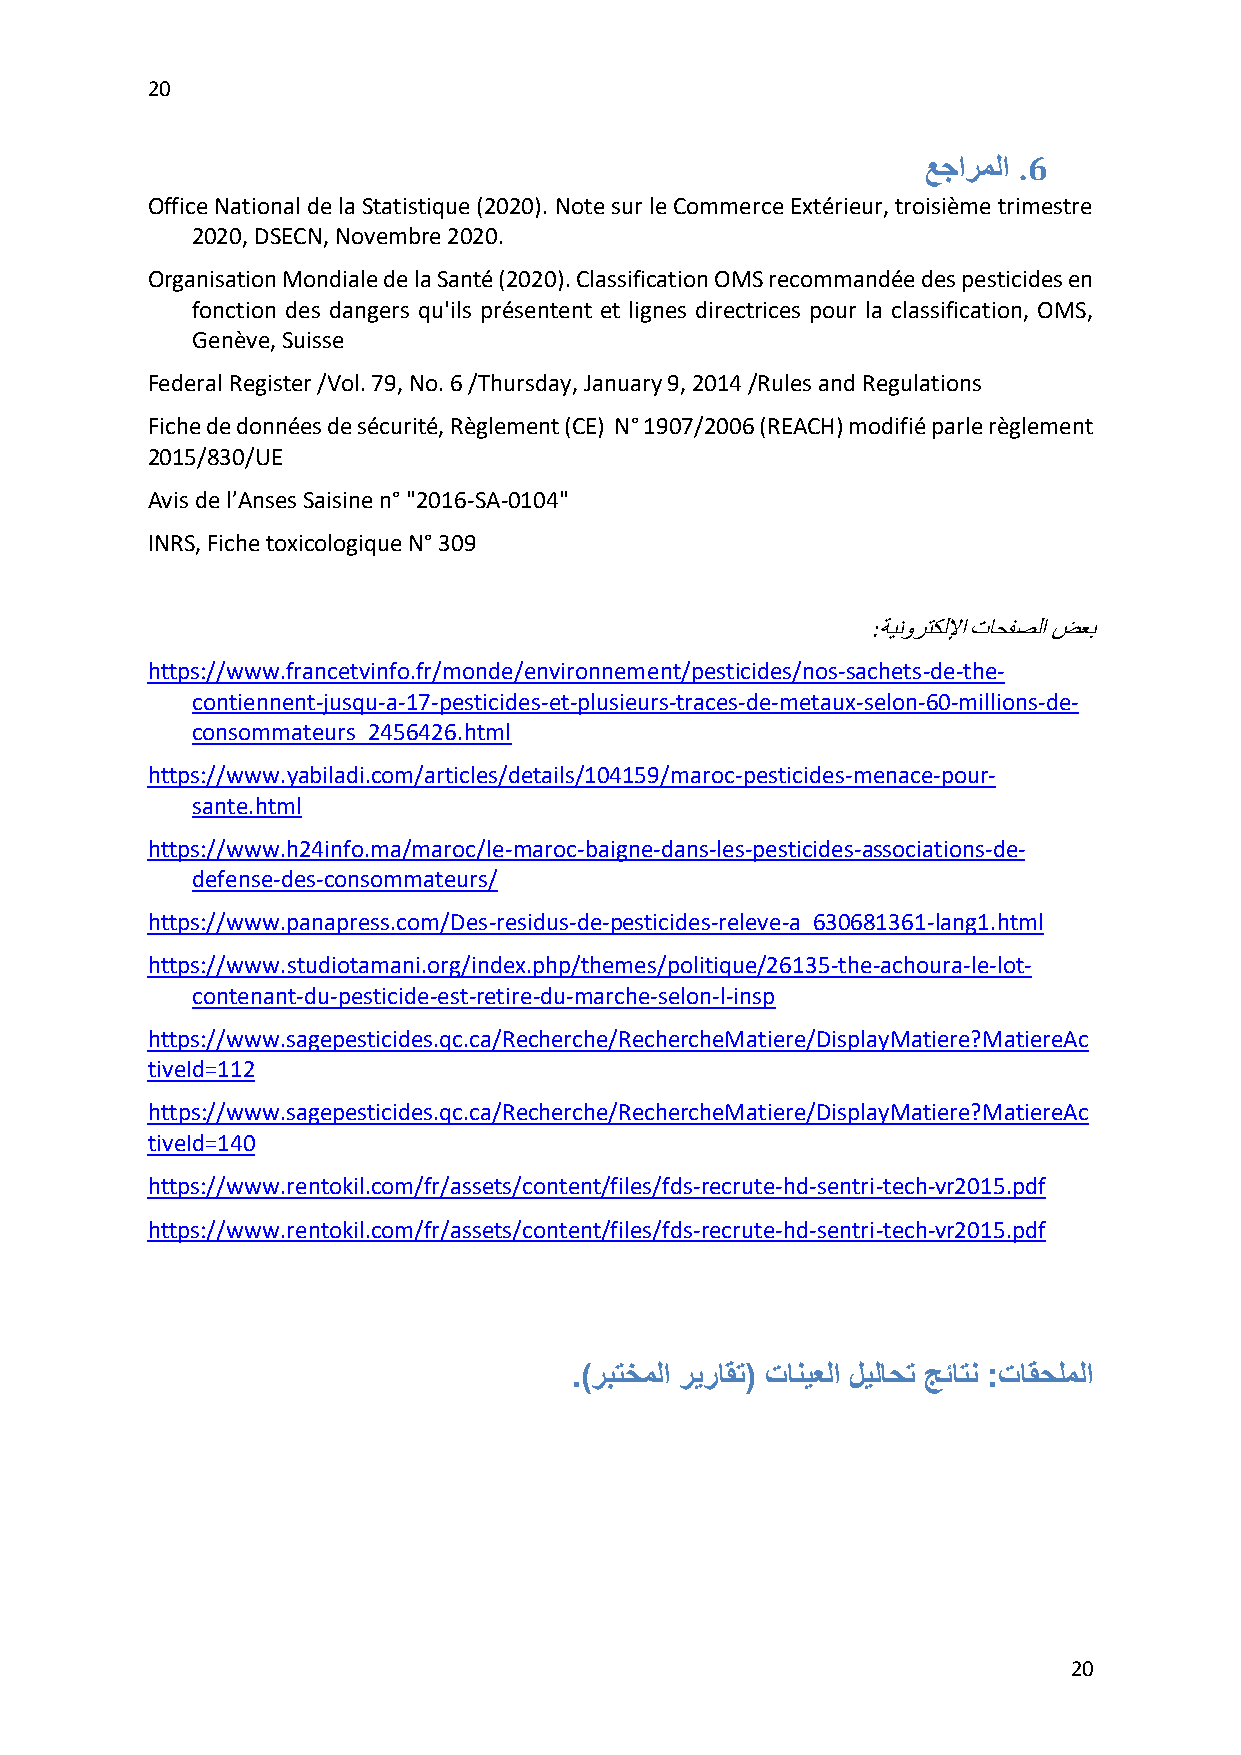
20
 ع جارملا .6
 Office National de la Statistique (2020). Note sur le Commerce Extérieur, troisième trimestre
 2020, DSECN, Novembre 2020.
 Organisation Mondiale de la Santé (2020). Classification OMS recommandée des pesticides en
 fonction des dangers qu'ils présentent et lignes directrices pour la classification, OMS,
 Genève, Suisse
 Federal Register /Vol. 79, No. 6 /Thursday, January 9, 2014 /Rules and Regulations
 Fiche de données de sécurité, Règlement (CE) N° 1907/2006 (REACH) modifié parle règlement
 2015/830/UE
 Avis de l’Anses Saisine n° "2016-SA-0104"
 INRS, Fiche toxicologique N° 309
 :ةينورتكللإا تاحفصلا ضعب
 https://www.francetvinfo.fr/monde/environnement/pesticides/nos-sachets-de-the-
 contiennent-jusqu-a-17-pesticides-et-plusieurs-traces-de-metaux-selon-60-millions-de-
 consommateurs_2456426.html
 https://www.yabiladi.com/articles/details/104159/maroc-pesticides-menace-pour-
 sante.html
 https://www.h24info.ma/maroc/le-maroc-baigne-dans-les-pesticides-associations-de-
 defense-des-consommateurs/
 https://www.panapress.com/Des-residus-de-pesticides-releve-a_630681361-lang1.html
 https://www.studiotamani.org/index.php/themes/politique/26135-the-achoura-le-lot-
 contenant-du-pesticide-est-retire-du-marche-selon-l-insp
 https://www.sagepesticides.qc.ca/Recherche/RechercheMatiere/DisplayMatiere?MatiereAc
 tiveId=112
 https://www.sagepesticides.qc.ca/Recherche/RechercheMatiere/DisplayMatiere?MatiereAc
 tiveId=140
 https://www.rentokil.com/fr/assets/content/files/fds-recrute-hd-sentri-tech-vr2015.pdf
 https://www.rentokil.com/fr/assets/content/files/fds-recrute-hd-sentri-tech-vr2015.pdf
 .)ربتخملا ريراقت( تانيعلا ليلاحت جئاتن :تاقحلملا
 20